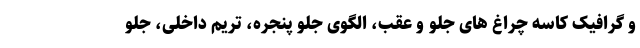
و گرافیک کاسه چراغ های جلو و عقب، الگوی جلو پنجره، تریم داخلی، جلو